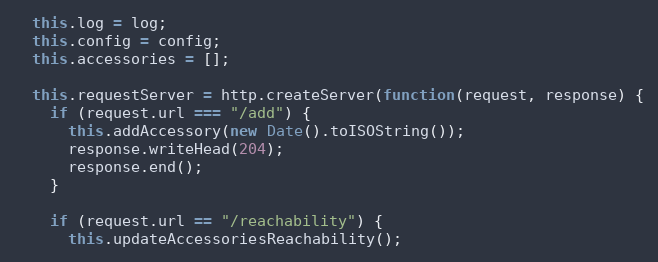
Language: JavaScript
  this.log = log;
  this.config = config;
  this.accessories = [];

  this.requestServer = http.createServer(function(request, response) {
    if (request.url === "/add") {
      this.addAccessory(new Date().toISOString());
      response.writeHead(204);
      response.end();
    }

    if (request.url == "/reachability") {
      this.updateAccessoriesReachability();